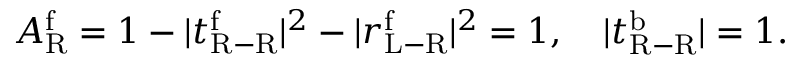
A _ { \mathrm { R } } ^ { \mathrm { f } } = 1 - | t _ { \mathrm { R - R } } ^ { \mathrm { f } } | ^ { 2 } - | r _ { \mathrm { L - R } } ^ { \mathrm { f } } | ^ { 2 } = 1 , \quad | t _ { \mathrm { R - R } } ^ { \mathrm { b } } | = 1 .